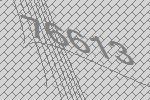
76613